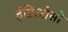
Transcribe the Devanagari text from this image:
ईडिओसी